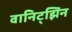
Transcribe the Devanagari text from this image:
वानिट्झिन